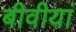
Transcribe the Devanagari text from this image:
बीवीयां